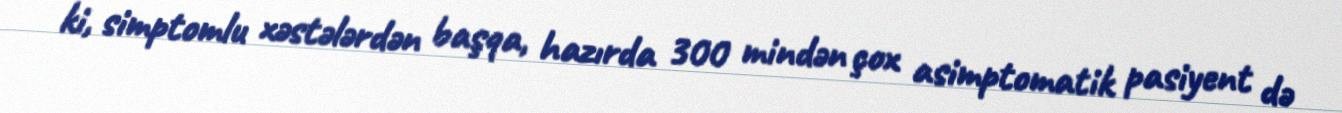
ki, simptomlu xəstələrdən başqa, hazırda 300 mindən çox asimptomatik pasiyent də